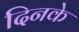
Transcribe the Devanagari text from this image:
दिनके